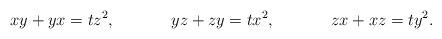
LaTeX: \begin{align*}xy+yx=t z^2, && yz+zy=t x^2, && zx+xz=t y^2.\end{align*}